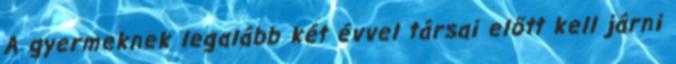
A gyermeknek legalább két évvel társai előtt kell járni